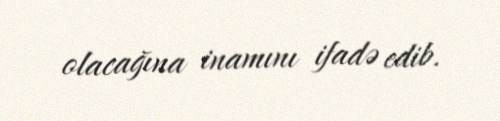
olacağına inamını ifadə edib.